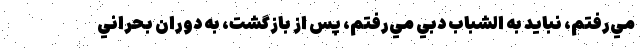
مي‌رفتم، نبايد به الشباب دبي مي‌رفتم، پس از بازگشت، به دوران بحراني